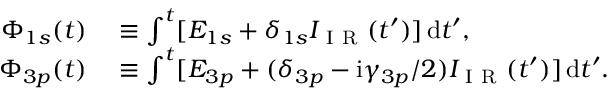
\begin{array} { r l } { \Phi _ { 1 s } ( t ) } & { { } \equiv \int ^ { t } [ E _ { 1 s } + \delta _ { 1 s } I _ { \mathrm { ~ I ~ R ~ } } ( t ^ { \prime } ) ] \, \mathrm d t ^ { \prime } , } \\ { \Phi _ { 3 p } ( t ) } & { { } \equiv \int ^ { t } [ E _ { 3 p } + ( \delta _ { 3 p } - \mathrm i \gamma _ { 3 p } / 2 ) I _ { \mathrm { ~ I ~ R ~ } } ( t ^ { \prime } ) ] \, \mathrm d t ^ { \prime } . } \end{array}